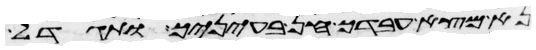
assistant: נא מצא עבדך חן בעיניך ותגדל